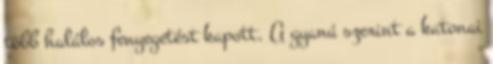
több halálos fenyegetést kapott. A gyanú szerint a katonai